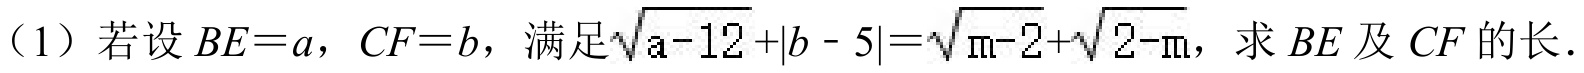
（1）若设$BE = a$，$CF = b$，满足$\sqrt{a - 12}+\vert b - 5\vert=\sqrt{m - 2}+\sqrt{2 - m}$，求$BE$及$CF$的长．